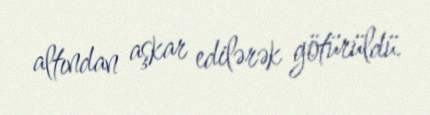
altından aşkar edilərək götürüldü.